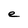
Character: e